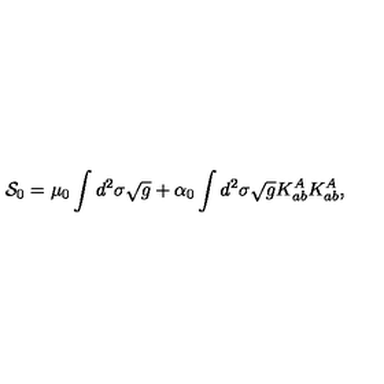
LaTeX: { \cal S } _ { 0 } = \mu _ { 0 } \int d ^ { 2 } \sigma \sqrt { g } + \alpha _ { 0 } \int d ^ { 2 } \sigma \sqrt { g } K _ { a b } ^ { A } K _ { a b } ^ { A } ,